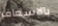
بالاسعاف